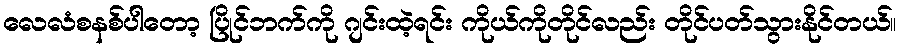
လေလံစနစ်ပါတော့ ပြိုင်ဘက်ကို ဂျင်းထဲ့ရင်း ကိုယ်ကိုတိုင်လည်း တိုင်ပတ်သွားနိုင်တယ်။